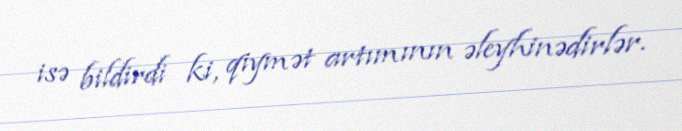
isə bildirdi ki, qiymət artımının əleyhinədirlər.